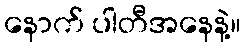
နောက် ပါတီအနေနဲ့။